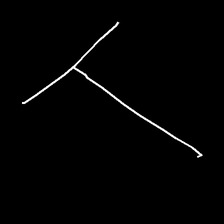
Glyph: column